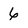
Character: 6